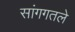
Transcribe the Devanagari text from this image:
सांगगतले